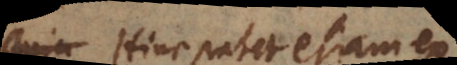
Hinc patet etiam ex